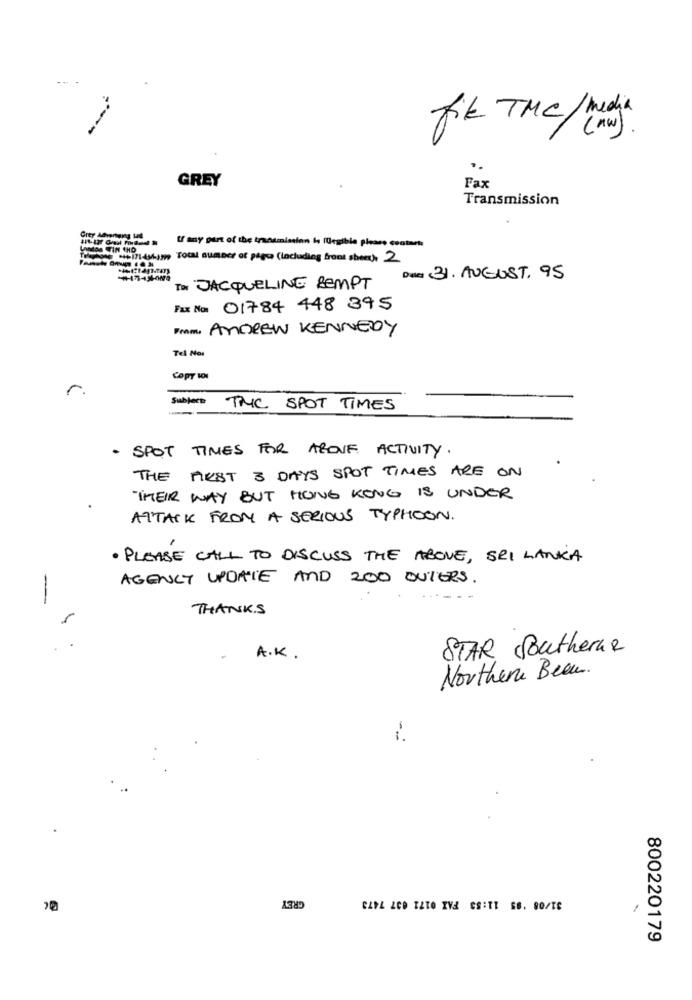
fik TMC/media
( mw )
GREY
Fax
Transmission
Grey Advertung Had
Unados TIN 4HD
Temping -17:450/ Total number of pages (including front sheet) 2
Date: 31. AUGUST. 95
To JACQUELINE BEMPT
Fax No: 01784 448 395
Prom, ANDREW KENNEDY
Tel Moi
Copy 101
r
Subject
THE SPOT TIMES
· SPOT TIMES FOR ABOVE ACTIVITY
THE MUST 3 DAYS SPOT TIMES ARE ON
THEIR WAY BUT HONG KONG IS UNDER
ATTACK FROM A SERIOUS TYPHOON.
· PLEASE CALL TO DISCUSS THE ABOVE, SRI LANKA
AGENCY UPDATE AND 200 OUTERS.
-
THANKS
-
STAR Southerne
A.K.
Northern Been.
GREY
CADA LCD TATO IVA GSITT S6. 00/TE
1
800220179